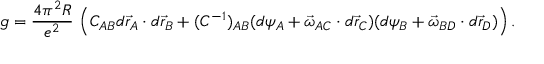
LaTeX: g = \frac { 4 \pi ^ { 2 } R } { e ^ { 2 } } \, \left( C _ { A B } d \vec { r } _ { A } \cdot d \vec { r } _ { B } + ( C ^ { - 1 } ) _ { A B } ( d \psi _ { A } + \vec { \omega } _ { A C } \cdot d \vec { r } _ { C } ) ( d \psi _ { B } + \vec { \omega } _ { B D } \cdot d \vec { r } _ { D } ) \right) .